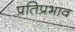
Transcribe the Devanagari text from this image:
प्रतिप्रभाव